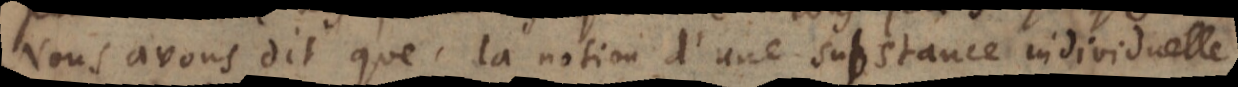
Nous avons dit que la notion d’une substance individuelle